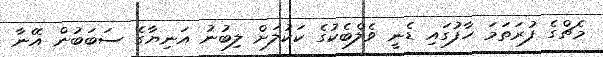
މެޗްގެ ފުރަތަމަ ހާފުގައި ޑެނީ ވެލްބެކުގެ ކަކުލަށް ލިބުނު އަނިޔާގެ ސަބަބުން އޭނާ